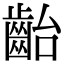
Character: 齝